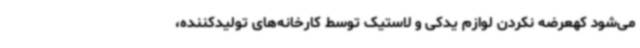
می‌شود کهعرضه نکردن لوازم یدکی و لاستیک توسط کارخانه‌های تولیدکننده،